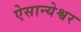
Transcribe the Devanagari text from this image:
ऐसान्येश्वर